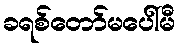
ခရစ်တော်မပေါ်မီ